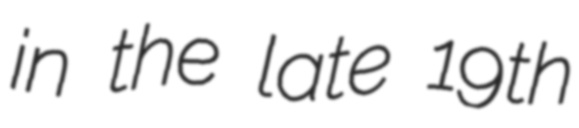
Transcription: in the late 19th